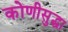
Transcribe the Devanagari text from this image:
कोणीसुद्धा